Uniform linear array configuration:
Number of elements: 12
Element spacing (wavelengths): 1
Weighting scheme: uniform
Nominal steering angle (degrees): -30
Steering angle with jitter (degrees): -30.746
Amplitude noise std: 0.05
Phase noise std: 0.05

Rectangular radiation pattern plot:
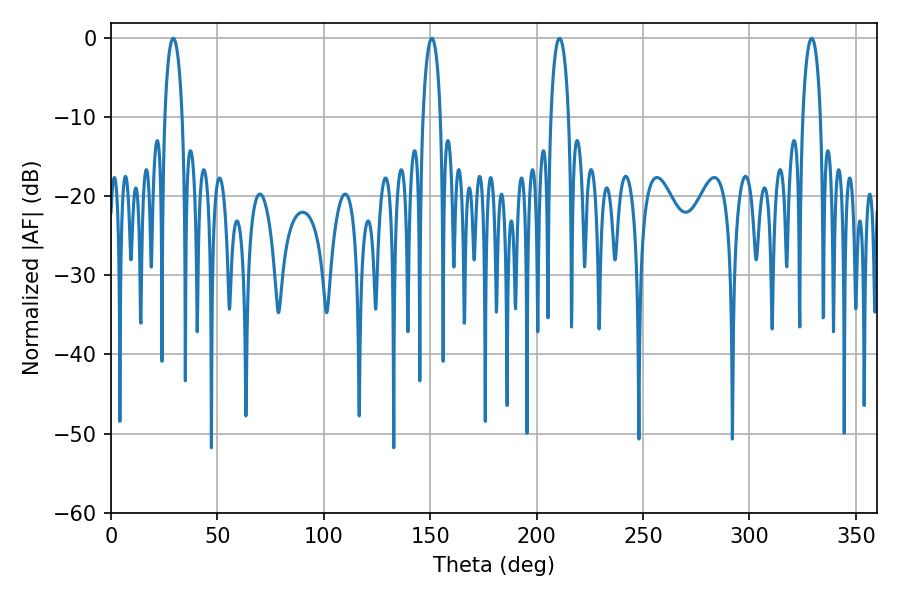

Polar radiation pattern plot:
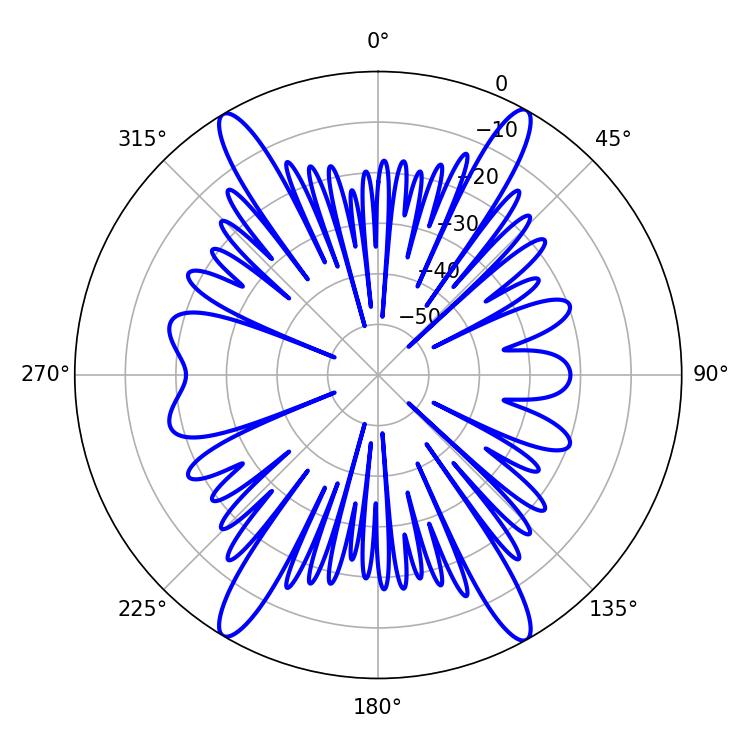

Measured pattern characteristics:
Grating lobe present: TRUE
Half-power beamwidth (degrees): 4.68
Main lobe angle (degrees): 329.22